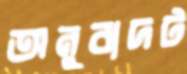
অনুবাদট